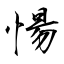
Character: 愓